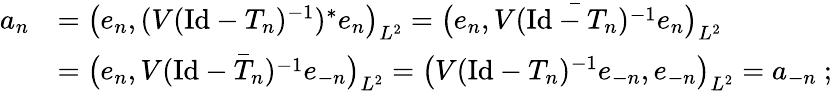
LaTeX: \begin{array}{rl}{a_{n}}&{=\big(e_{n},(V(\mathrm{Id}-T_{n})^{-1})^{*}e_{n}\big)_{L^{2}}=\big(e_{n},\bar{V(\mathrm{Id}-T_{n})^{-1}}e_{n}\big)_{L^{2}}}\\ &{=\big(e_{n},\bar{V(\mathrm{Id}-T_{n})^{-1}e_{-n}}\big)_{L^{2}}=\big(V(\mathrm{Id}-T_{n})^{-1}e_{-n},e_{-n}\big)_{L^{2}}=a_{-n}\ ;}\end{array}